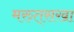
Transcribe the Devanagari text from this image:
मरुत्‌सखा